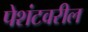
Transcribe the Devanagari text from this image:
पेशंटवरील